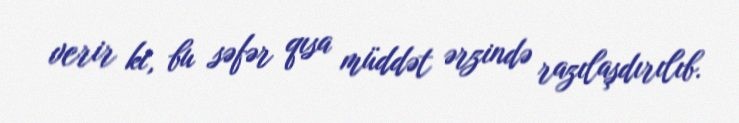
verir ki, bu səfər qısa müddət ərzində razılaşdırılıb.